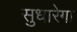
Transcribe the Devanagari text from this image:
सुधारेगा